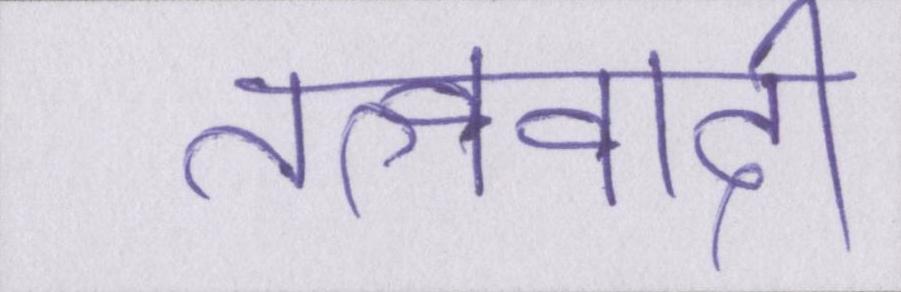
तत्ववादी